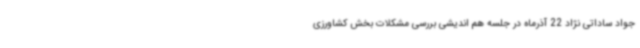
جواد ساداتی نژاد 22 آذرماه در جلسه هم اندیشی بررسی مشکلات بخش کشاورزی